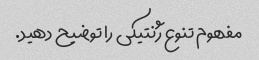
مفهوم تنوع ژنتیکی را توضیح دهید.